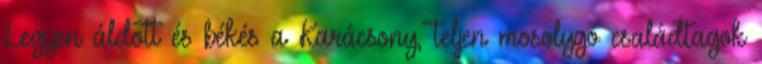
Legyen áldott és békés a Karácsony, teljen mosolygó családtagok